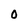
Character: 0